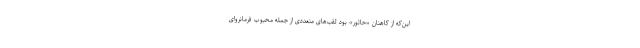
این‌که از کاهنان «حاثور» بود لقب‌های متعددی از جمله محبوب فرمانروای